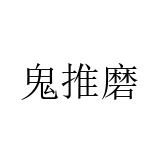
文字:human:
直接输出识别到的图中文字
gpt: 鬼推磨